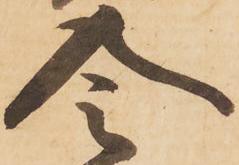
令